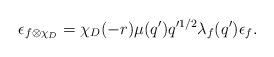
LaTeX: \begin{align*} \epsilon_{f \otimes \chi_D}= \chi_D(-r) \mu(q') q'^{1/2} \lambda_f(q') \epsilon_f.\end{align*}